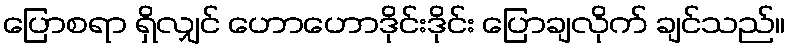
ပြောစရာ ရှိလျှင် ဟောဟောဒိုင်းဒိုင်း ပြောချလိုက် ချင်သည်။